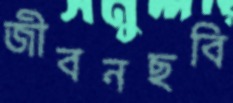
জীবনছবি